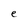
Character: e